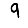
Digit: 9